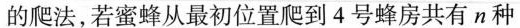
的爬法，若蜜蜂从最初位置爬到4号蜂房共有n种